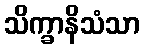
သိက္ခာနိသံသာ